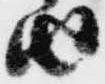
由